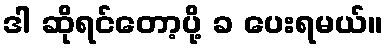
ဒါ ဆိုရင်တော့ပို့ ခ ပေးရမယ်။